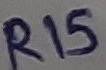
Text: R15